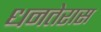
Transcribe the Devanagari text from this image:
धनतेरास